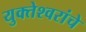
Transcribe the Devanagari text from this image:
युक्तेश्वरांचे